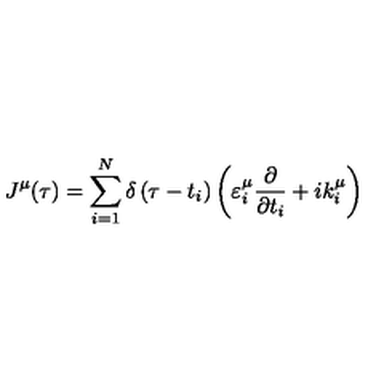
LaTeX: J ^ { \mu } ( \tau ) = \sum _ { i = 1 } ^ { N } \delta \left( \tau - t _ { i } \right) \left( \varepsilon _ { i } ^ { \mu } \frac \partial { \partial t _ { i } } + i k _ { i } ^ { \mu } \right)